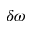
\delta \omega